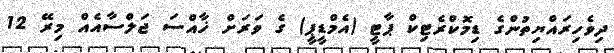
ދިވެހިރައްޔިތުންގެ ޑިމޮކްރެޓިކް ޕާޓީ (އެމްޑީޕީ) ގެ ވަރަށް ޚާއްސަ ޖަލްސާއެއް މިރޭ 12